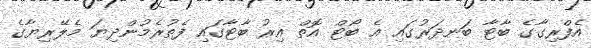
އެފްރިގާގެ ބާޓާ ބަނދަރުގައި އެ ބޯޓް އޮތް އިރު ބާޓާގައި ފެތުރެމުންދިޔަ މެލޭރިޔާގެ